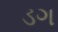
ડગ